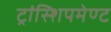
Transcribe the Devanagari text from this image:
ट्रांस्शिपमेण्ट